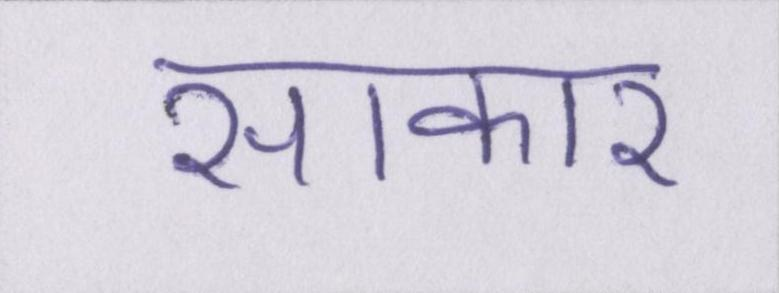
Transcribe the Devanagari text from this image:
साकार